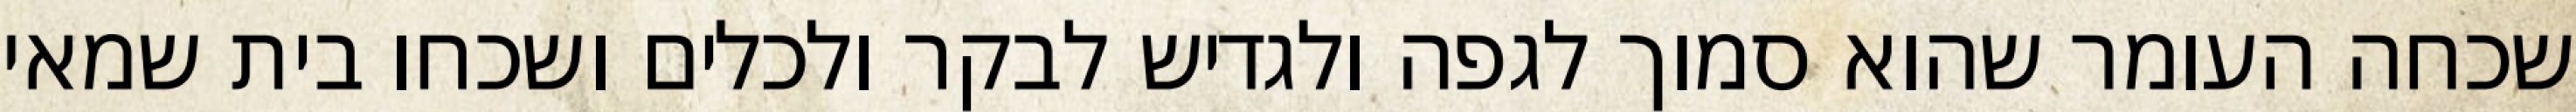
שכחה העומר שהוא סמוך לגפה ולגדיש לבקר ולכלים ושכחו בית שמאי